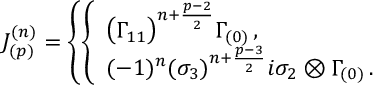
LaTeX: J _ { ( p ) } ^ { ( n ) } = \left\{ \left\{ \begin{array} { l l } { { \big ( \Gamma _ { 1 1 } \big ) ^ { n + { \frac { p - 2 } { 2 } } } \Gamma _ { ( 0 ) } \, , } } \\ { { ( - 1 ) ^ { n } ( \sigma _ { 3 } ) ^ { n + { \frac { p - 3 } { 2 } } } i \sigma _ { 2 } \otimes \Gamma _ { ( 0 ) } \, . } } \end{array} \right. \right.